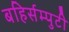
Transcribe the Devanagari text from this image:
बहिर्सम्पुटी